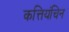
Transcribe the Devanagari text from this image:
कत्तियंचिन